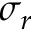
\sigma _ { r }